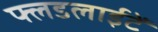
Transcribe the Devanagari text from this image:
फ्लडलाईटें